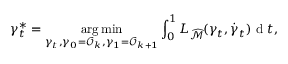
\gamma _ { t } ^ { * } = \underset { \gamma _ { t } , \gamma _ { 0 } = \mathcal { O } _ { k } , \gamma _ { 1 } = \mathcal { O } _ { k + 1 } } { \arg \operatorname* { m i n } } \int _ { 0 } ^ { 1 } L _ { \widehat { \mathcal { M } } } ( \gamma _ { t } , \dot { \gamma } _ { t } ) \mathrm { ~ d ~ } t ,